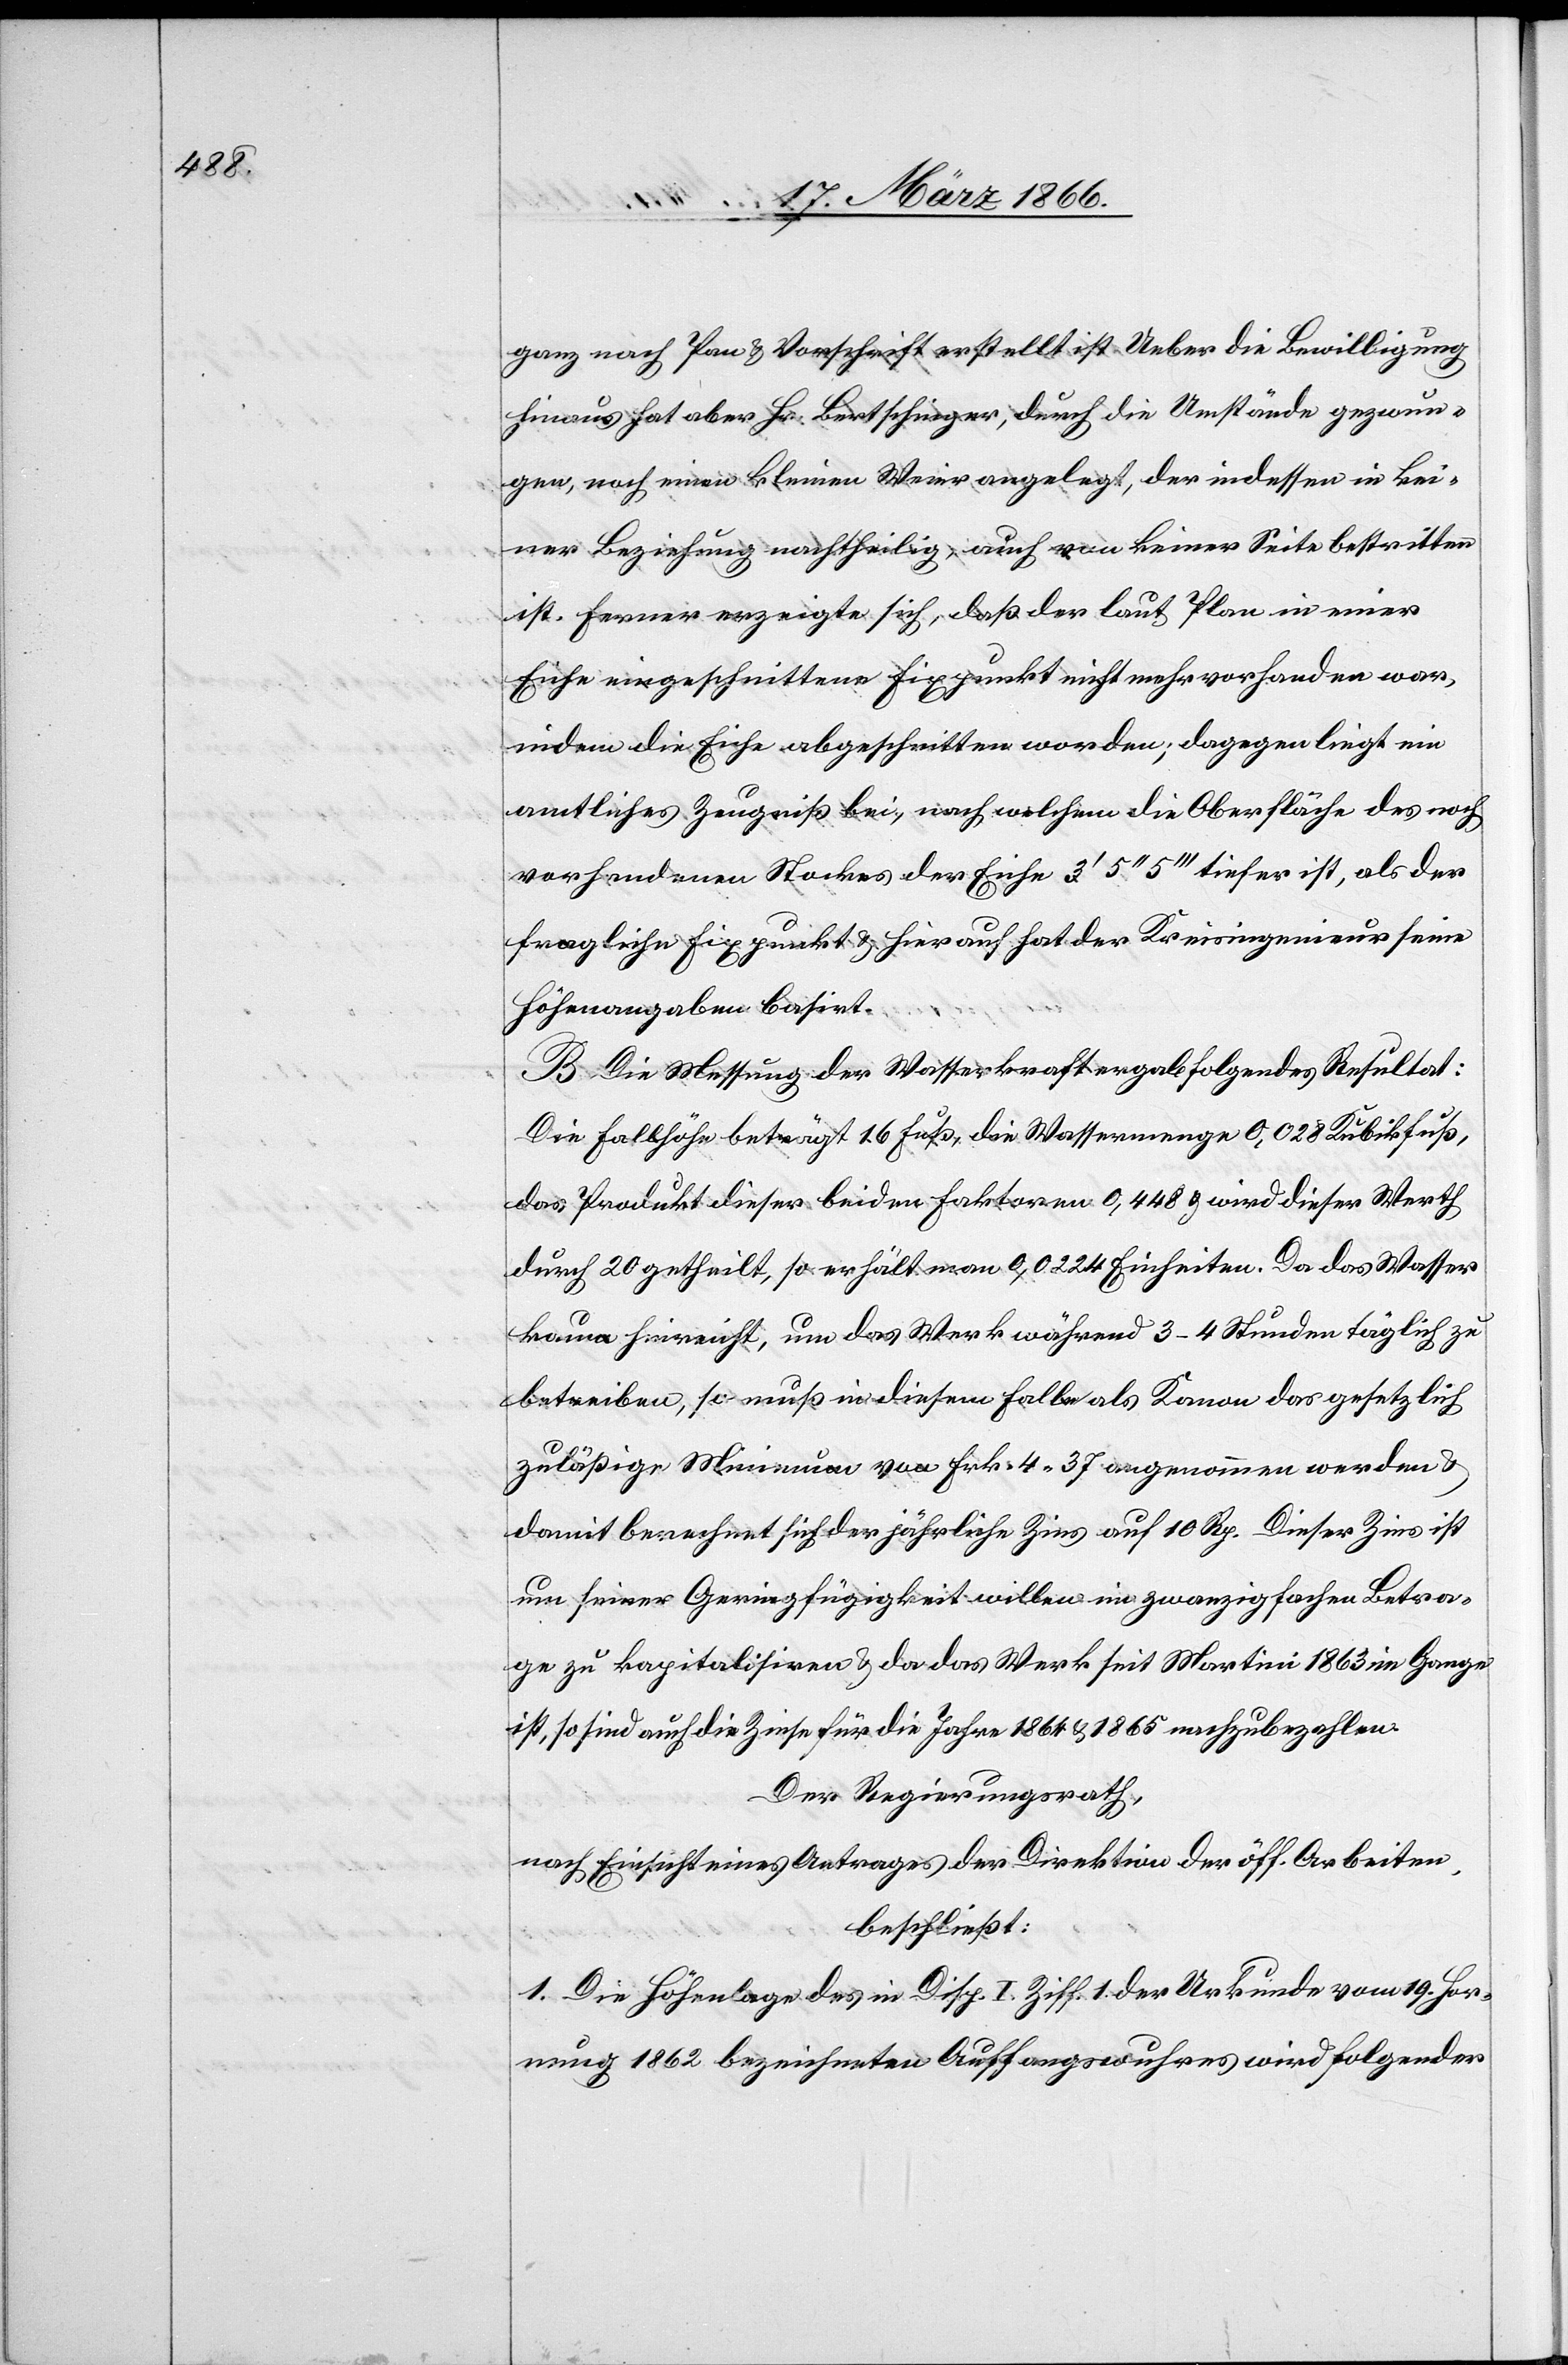
ganz nach Plan u. Vorschrift erstellt ist. Ueber die Bewilligung
hinaus hat aber Hr. Bertschinger, durch die Umstände gezwun¬
gen, noch einen kleinen Weier angelegt, der indessen in kei¬
ner Beziehung nachtheilig, auch von keiner Seite bestritten
ist. Ferner erzeigte sich, daß der laut Plan in einer
Eiche eigeschnittene Fixpunkt nicht mehr vorhanden war,
indem die Eiche abgeschnitten worden; dagegen liegt ein
amtliches Zeugniß bei, nach welchem die Oberfläche des noch
vorhandenen Stockes der Eiche 3‘ 5‘‘ 5‘‘‘ tiefer ist, als der
fragliche Fixpunkt u. hierauf hat der Kreisingenieur seine
Höhenangaben basirt.
B. Die Messung der Wasserkraft ergab folgendes Resultat:
Die Fallhöhe beträgt 16 Fuß, die Wassermenge 0,028 Kubikfuß,
das Produkt dieser beiden Faktoren 0,448 u. wird dieser Werth
durch 20 getheilt, so erhält man 0,0224 Einheiten. Da das Wasser
kaum hinreicht, um das Werk während 3–4 Stunden täglich zu
betreiben, so muß in diesem Falle als Kanon das gesetzlich
zuläßige Minimum von Frk. 4,37 angenommen werden u.
damit berechnet sich der jährliche Zins auf 10 Rp. Dieser Zins ist
um seiner Geringfügigkeit willen im zwanzigfachen Betra¬
ge zu kapitalisiren u. da das Werk seit Martini 1863 im Gange
ist, so sind auch die Zinse für die Jahre 1864 u. 1865 nachzubezahlen.
Der Regierungsrath,
nach Einsicht eines Antrages der Direktion der öff. Arbeiten,
beschließt:
1. Die Höhenlage des in Disp. I Ziff. 1 der Urkunde vom 19. Hor¬
nung 1862 bezeichneten Auffangswuhres wird folgender